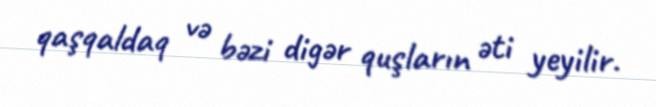
qaşqaldaq və bəzi digər quşların əti yeyilir.